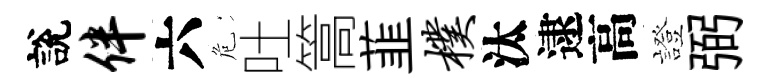
說伴六危吐篙韮朴汰逮高證弼